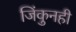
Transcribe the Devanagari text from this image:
जिंकुनही